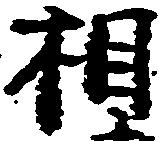
相